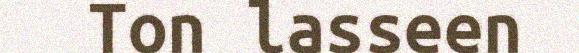
Ton lasseen